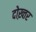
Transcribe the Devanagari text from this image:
दोख़्तर